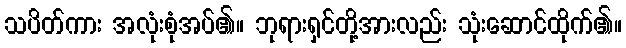
သပိတ်ကား အလုံးစုံအပ်၏။ ဘုရားရှင်တို့အားလည်း သုံးဆောင်ထိုက်၏။